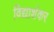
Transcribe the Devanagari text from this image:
विद्याशंकर